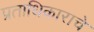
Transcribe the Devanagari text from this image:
प्रताधिकाराचे